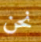
نحن